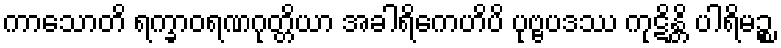
ကာသောတိ ရက္ခာဝရဏဂုတ္တိယာ အခါရိကေဟိပိ ပုဗ္ဗပဒဿ ကုဋိန္တိ ပါရိမဉ္စ